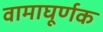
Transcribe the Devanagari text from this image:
वामाघूर्णक